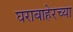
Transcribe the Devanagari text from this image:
घराबाहेरच्या